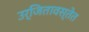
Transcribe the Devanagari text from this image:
उर्जितावस्तेत